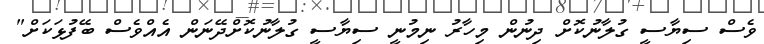
ވެސް ސިޔާސީ ގުލާނުކޮށް ދިނުން މިހާރު ނިމުނީ ސިޔާސީ ގުލާނުކޮށްދޭނަން އެއްވެސް ބޭފުޅަކަށް"